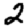
Digit: 2